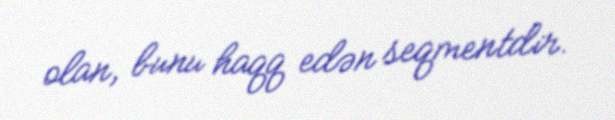
olan, bunu haqq edən seqmentdir.